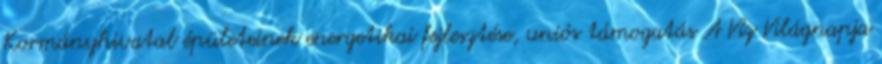
Kormányhivatal épületeinek energetikai fejlesztése, uniós támogatás A Víz Világnapja